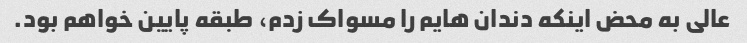
عالی به محض اینکه دندان هایم را مسواک زدم، طبقه پایین خواهم بود.